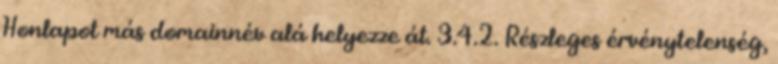
Honlapot más domainnév alá helyezze át. 3.4.2. Részleges érvénytelenség,